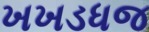
ખખડધજ